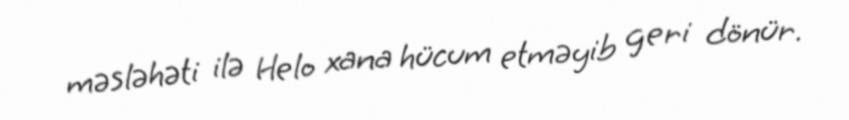
məsləhəti ilə Helo xana hücum etməyib geri dönür.